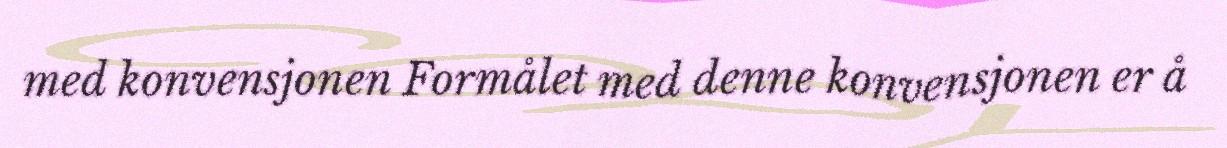
med konvensjonen Formålet med denne konvensjonen er å